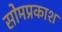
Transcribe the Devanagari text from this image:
सोमप्रकाश